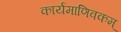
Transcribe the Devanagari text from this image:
कार्यमाणिवकम्